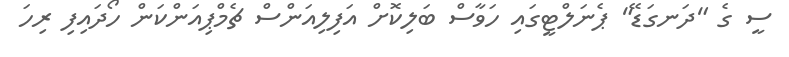
ސީ ގެ "ދަނގަޑޭ" ޕެނަލްޓީގައި ހަވާސް ބަލިކޮށް އަފިލިއަންސް ޗެމްޕިއަންކަން ހޯދައިފި ރިހަ